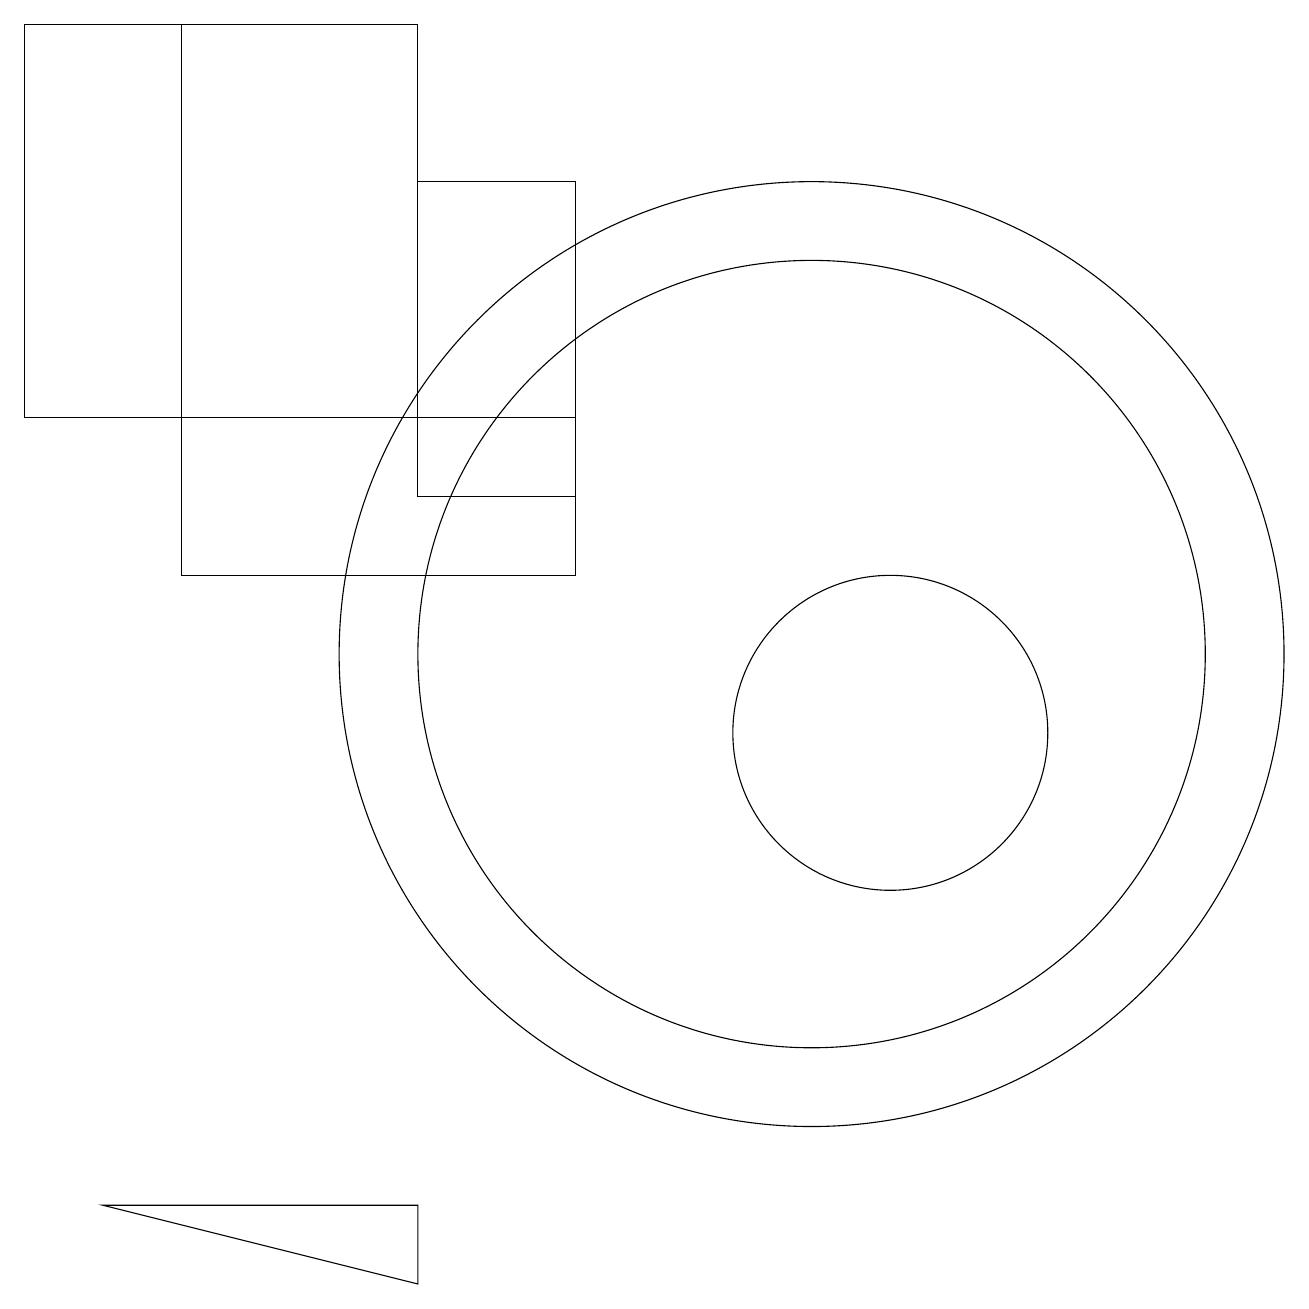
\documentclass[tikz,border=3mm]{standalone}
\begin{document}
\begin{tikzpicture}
\draw (7,17) rectangle (5,13);
\draw (7,14) rectangle (2,12);
\draw (11,10) circle (2);
\draw (5,19) rectangle (0,14);
\draw (5,14) rectangle (2,19);
\draw (10,11) circle (5);
\draw (1,4) -- (5,4) -- (5,3) -- cycle;
\draw (10,11) circle (6);
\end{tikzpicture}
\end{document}